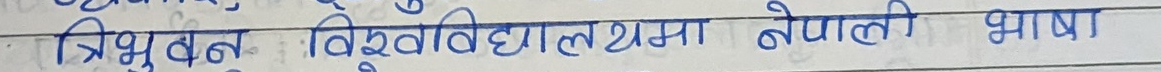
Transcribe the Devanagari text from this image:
त्रिभुवन विश्वविद्यालयमा नेपाली भाषा